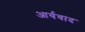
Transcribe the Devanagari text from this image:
आर्यवाद